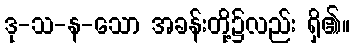
ဒု-သ-န-သော အခန်းတို့၌လည်း ရှိ၏။